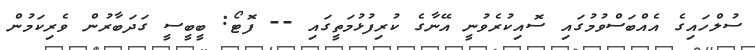
ސުލްހައިގެ އެއްބަސްވުމުގައި ސޮއިކުރެވުނީ އޭނާގެ ކުރިފުޅުމަތީގައި -- ފޮޓޯ: ބީބީސީ ގަދަބާރުން ވެރިކަމުން